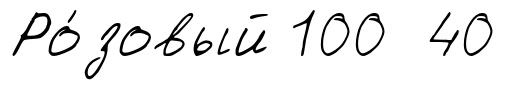
Ро́зовый 100 40